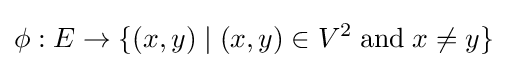
\phi :E\to \{(x,y)\mid (x,y)\in V^{2}\;{\textrm {and}}\;x\neq y\}